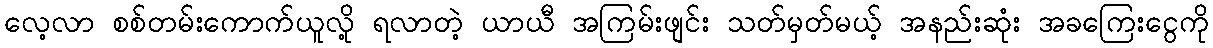
လေ့လာ စစ်တမ်းကောက်ယူလို့ ရလာတဲ့ ယာယီ အကြမ်းဖျင်း သတ်မှတ်မယ့် အနည်းဆုံး အခကြေးငွေကို